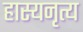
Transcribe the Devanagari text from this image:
हास्यनृत्य